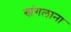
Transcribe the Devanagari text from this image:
खंगलाना